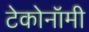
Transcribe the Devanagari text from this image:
टेकोनॉमी